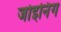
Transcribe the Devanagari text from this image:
जोइनिंग